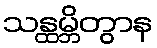
သန္ထမ္ဘိတွာန